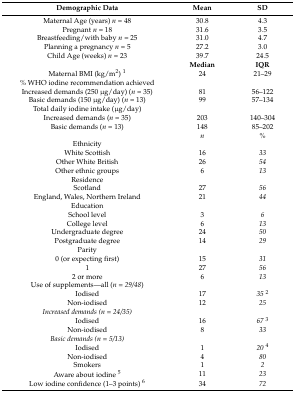
| Demographic Data | Mean | SD |
 | --- | --- | --- |
 | Maternal Age (years) n = 48 | 30.8 | 4.3 |
 | Pregnant n = 18 | 31.6 | 3.5 |
 | Breastfeeding/with baby n = 25 | 31.0 | 4.7 |
 | Planning a pregnancy n = 5 | 27.2 | 3.0 |
 | Child Age (weeks) n = 23 | 39.7 | 24.5 |
 |  | Median | IQR |
 | Maternal BMI (kg/m2) 1 | 24 | 21–29 |
 | % WHO iodine recommendation achieved |  |  |
 | Increased demands (250 μg/day) (n = 35) | 81 | 56–122 |
 | Basic demands (150 μg/day) (n = 13) | 99 | 57–134 |
 | Total daily iodine intake (μg/day) |  |  |
 | Increased demands (n = 35) | 203 | 140–304 |
 | Basic demands (n = 13) | 148 | 85–202 |
 |  | n | % |
 | Ethnicity |  |  |
 | White Scottish | 16 | 33 |
 | Other White British | 26 | 54 |
 | Other ethnic groups | 6 | 13 |
 | Residence |  |  |
 | Scotland | 27 | 56 |
 | England, Wales, Northern Ireland | 21 | 44 |
 | Education |  |  |
 | School level | 3 | 6 |
 | College level | 6 | 13 |
 | Undergraduate degree | 24 | 50 |
 | Postgraduate degree | 14 | 29 |
 | Parity |  |  |
 | 0 (or expecting first) | 15 | 31 |
 | 1 | 27 | 56 |
 | 2 or more | 6 | 13 |
 | Use of supplements—all (n = 29/48) |  |  |
 | Iodised | 17 | 352 |
 | Non-iodised | 12 | 25 |
 | Increased demands (n = 24/35) |  |  |
 | Iodised | 16 | 673 |
 | Non-iodised | 8 | 33 |
 | Basic demands (n = 5/13) |  |  |
 | Iodised | 1 | 204 |
 | Non-iodised | 4 | 80 |
 | Smokers | 1 | 2 |
 | Aware about iodine 5 | 11 | 23 |
 | Low iodine confidence (1–3 points) 6 | 34 | 72 |